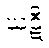
ဃဋီ